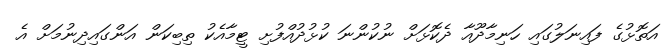
އަތޮޅުގެ ފައިނަލުގައި ހަނިމާދޫއާ ދެކޮޅަށް ނުކުންނަ ކުޅުދުއްފުށި ޓީމާއެކު ތިބިކަން އަންގައިދިނުމަށް އެ